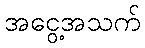
အငွေ့အသက်